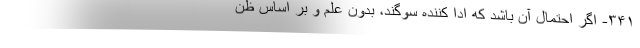
۳۴۱- اگر احتمال آن باشد که ادا کننده سوگند، بدون علم و بر اساس ظن